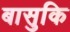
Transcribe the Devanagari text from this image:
बासुकि